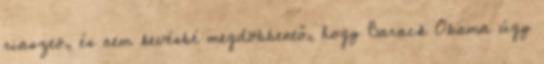
riasztó, és nem kevésbé megdöbbentő, hogy Barack Obama úgy